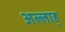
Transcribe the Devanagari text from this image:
अल्लाह्